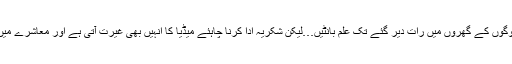
اگر ان علماء کا بس چلے تو دینی تعلیم کے چکر میں بیواقوف بنا کر یہ لوگوں کے گھروں میں رات دیر گئے تک علم بانٹیں…لیکن شکریہ ادا کرنا چاہئے میڈیا کا اُنہیں بھی غیرت آتی ہے اور معاشرے میں مولویوں کی درندگی کے واقعات کبھی کبھی منظر عام پر لے آتے ہیں۔